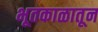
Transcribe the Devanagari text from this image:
भूतकाळातून